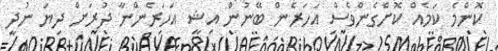
ކޮންމެ ކަމެއް ކޮށްގެންވެސް އަހަރެން ބޭނުން އިޝީ އަހަރެންނާ ދުރަށް ދިޔަ ނުދީ